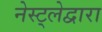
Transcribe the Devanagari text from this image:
नेस्ट्लेद्वारा